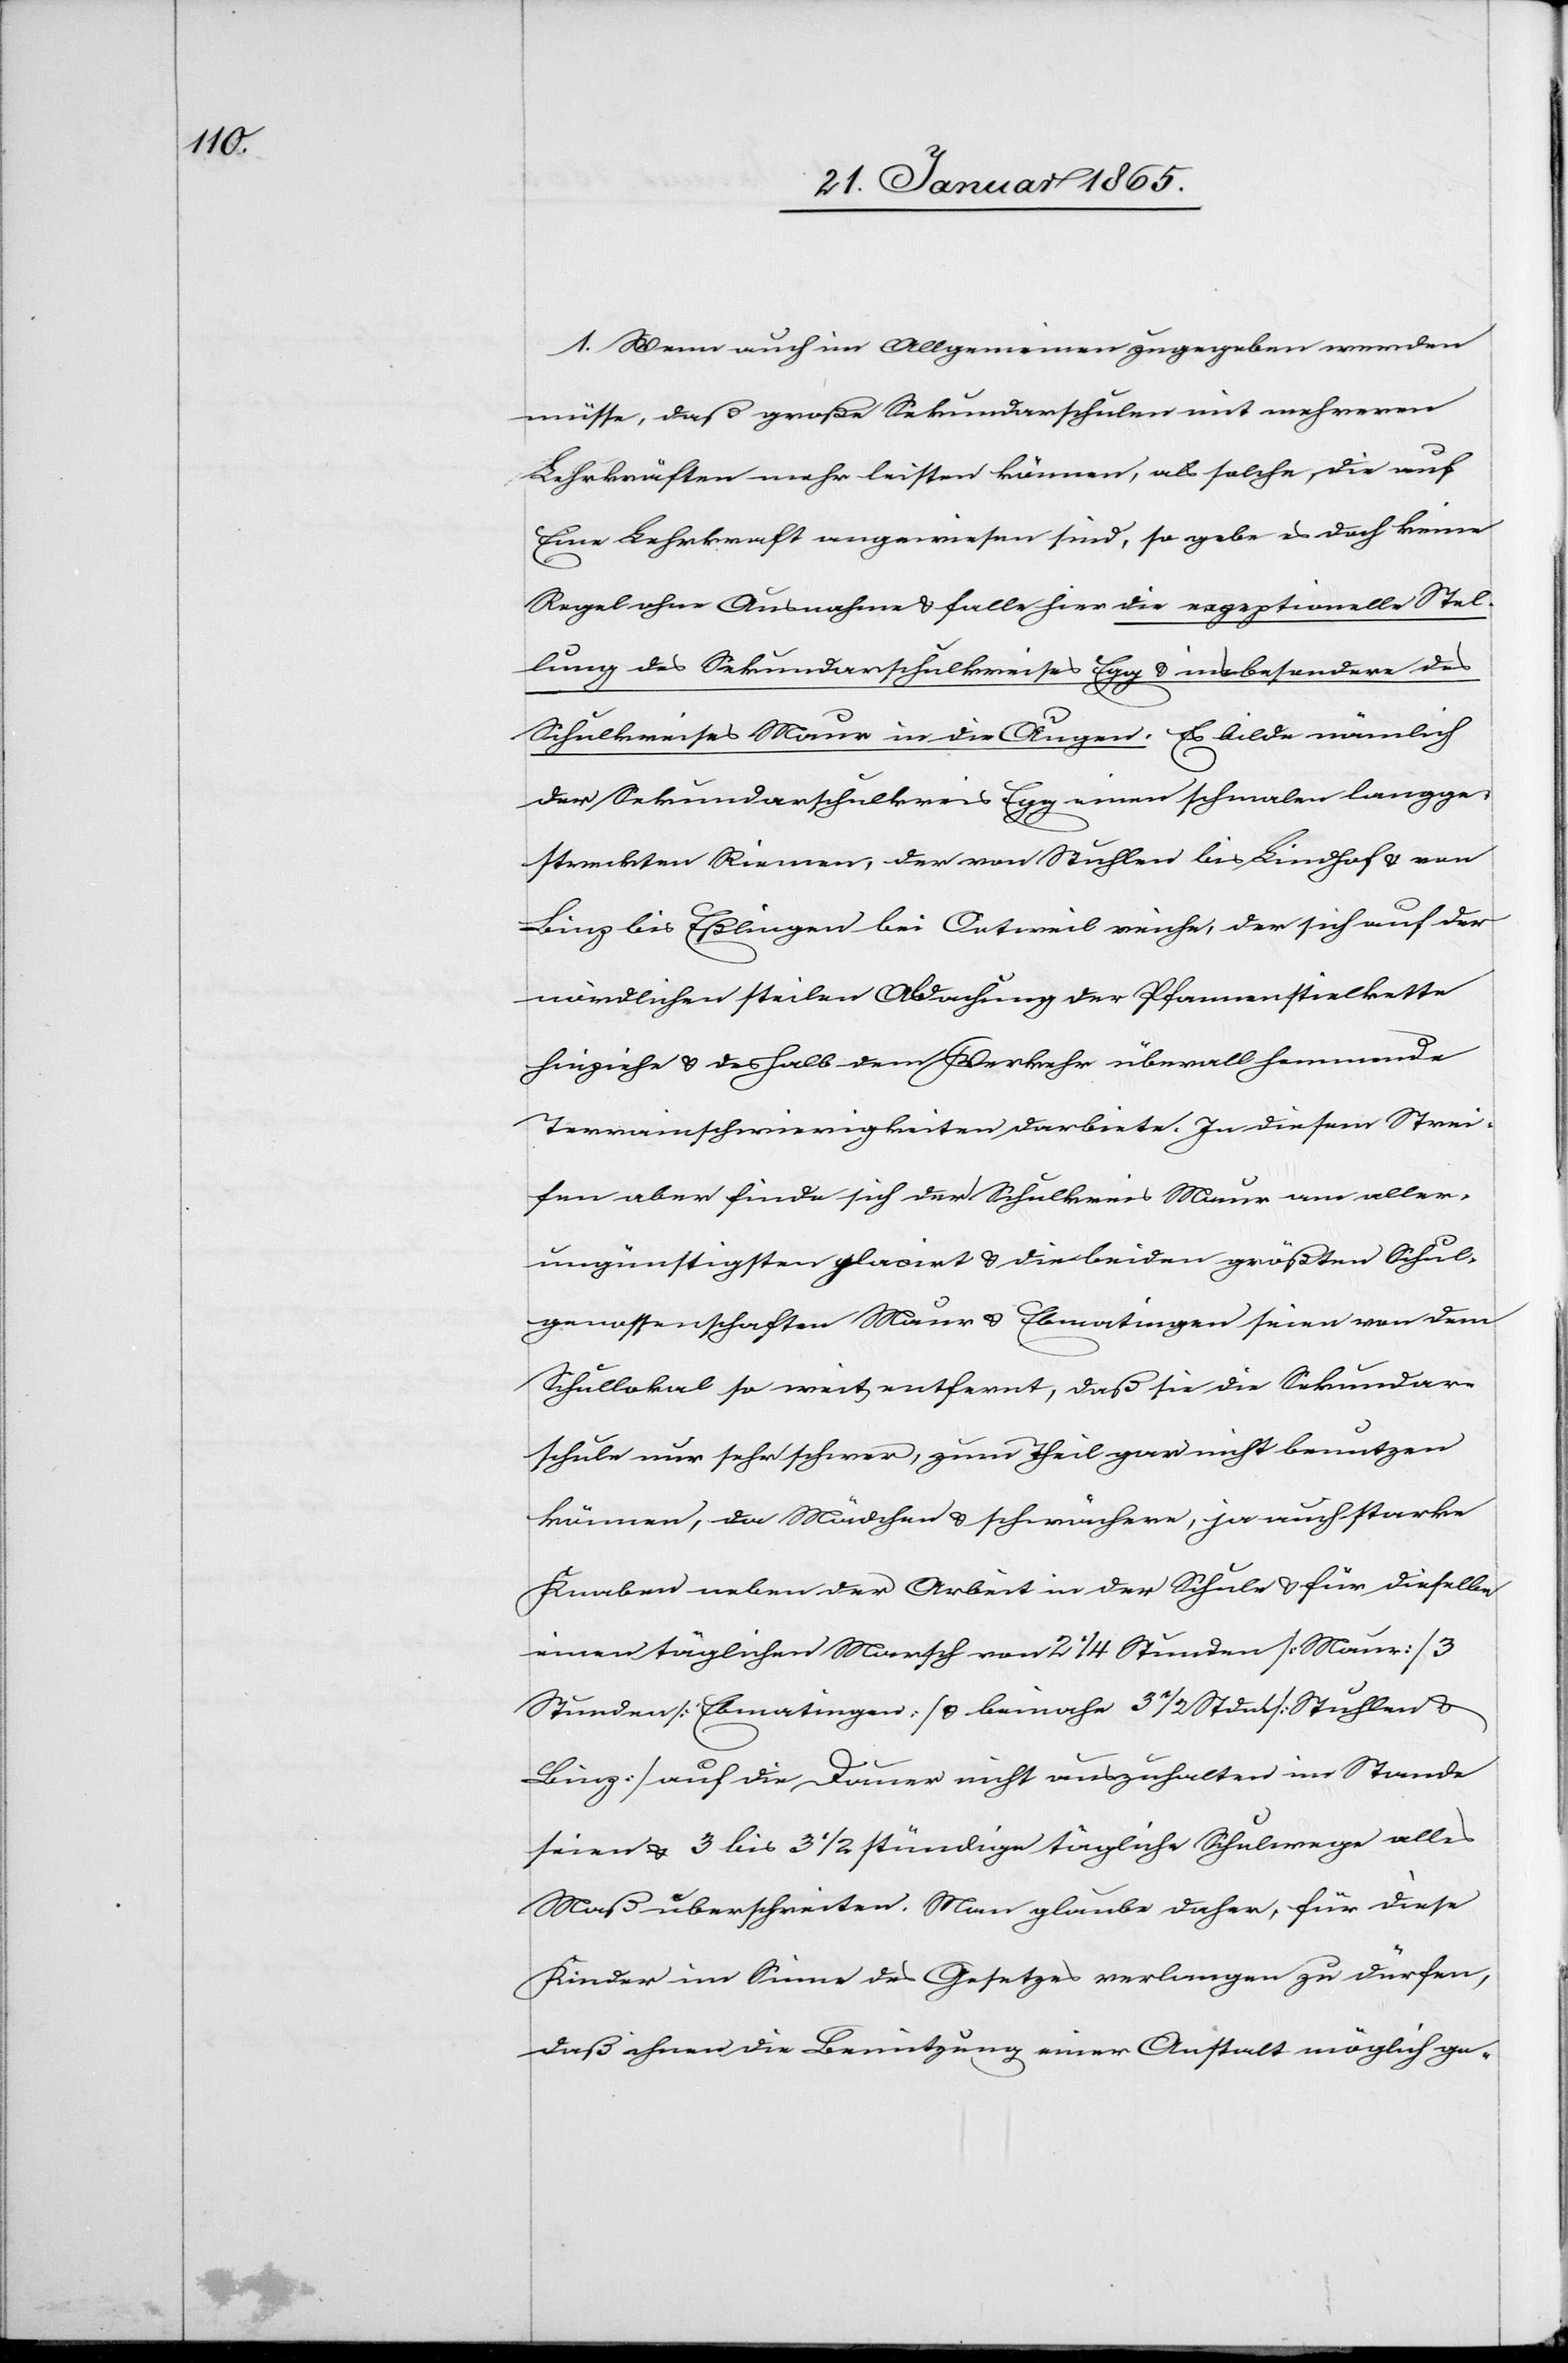
1. Wenn auch im Allgemeinen zugegeben werden
müsse, daß große Sekundarschulen mit mehreren
Lehrkräften mehr leisten können, als solche, die auf
Eine Lehrkraft angewiesen sind, so gebe es doch keine
Regel ohne Ausnahme u. falle hier die rezeptionelle Stel¬
lung des Sekundarschulkreises Egg u. insbesondere des
Schulkreises Maur in die Augen. Es bilde nämlich
der Sekundarschulkreis Egg einen schmalen langge¬
streckten Riemen, der von Stuhlen bis Lindhof u. von
Linz bis Eßlingen bei Oetweil reiche, der sich auf der
nördlichen steilen [?Abachung] der Pfannenstielkette
hinziehe u. deshalb dem Verkehr überall hemmende
Terrainschwierigkeiten darbiete. In diesem Strei¬
fen aber finde sich der Schulkreis Maur am aller¬
ungünstigsten placirt u. die beiden größten Schul¬
genossenschaften Maur u. Ebmatingen seien von dem
Schullokal so weit entfernt, daß sie die Sekundar¬
schule nur sehr schwer, zum Theil gar nicht benutzen
können, da Mädchen u. schwächere, ja auch starke
Knaben neben der Arbeit in der Schule u. für dieselbe
einen täglichen Marsch von 2 ¼ Stunden [Maur] 3
Stunden [Ebmatingen] u. beinahe 3 ½ Stdn [Stuhlen u.
Linz] auf die Dauer nicht auszuhalten im Stande
seien u. 3 bis 3 ½ stündige tägliche Schulwege alles
Maß überschreiten. Man glaube daher, für diese
Kinder im Sinne des Gesetzes verlangen zu dürfen,
daß ihnen die Benützung einer Anstalt möglich ge-